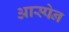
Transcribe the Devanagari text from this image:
आस्पेन